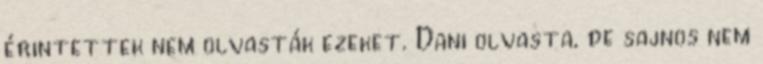
érintettek nem olvasták ezeket. Dani olvasta, de sajnos nem